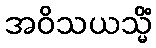
အဝိသယသ္မိံ